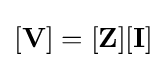
\mathbf {[V]} =\mathbf {[Z][I]}